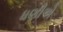
ધણીએ